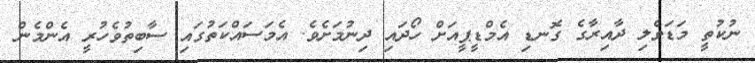
ނުކުތީ މަޑަވެލި ދާއިރާގެ ގޮނޑި އެމްޑީޕީއަށް ހޯދައި ދިނުމަށެވެ. އެމަސައްކަތުގައި ސާބިތުވެހުރީ އެންމެން